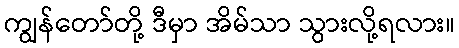
ကျွန်တော်တို့ ဒီမှာ အိမ်သာ သွားလို့ရလား။